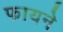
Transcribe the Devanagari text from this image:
फायने